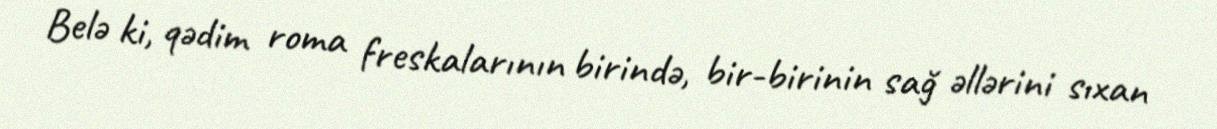
Belə ki, qədim roma freskalarının birində, bir-birinin sağ əllərini sıxan